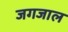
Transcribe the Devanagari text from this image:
जगजाल